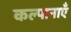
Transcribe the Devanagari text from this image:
कल्पानाएँ